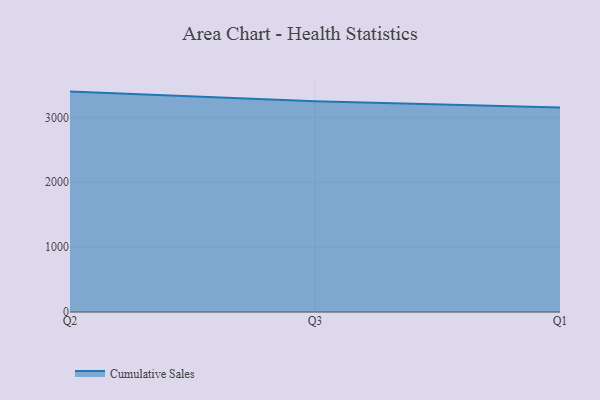
{"axis": {"x": "Quarter", "y": "Market Share (%)"}, "legend": ["Cumulative Sales"], "data": [{"x": "Q2", "y": 3396.4, "type": "Cumulative Sales"}, {"x": "Q3", "y": 3249.0, "type": "Cumulative Sales"}, {"x": "Q1", "y": 3149.8, "type": "Cumulative Sales"}]}